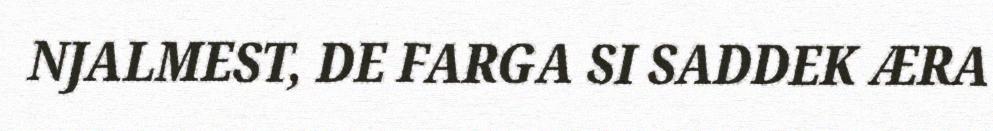
NJALMEST, DE FARGA SI SADDEK ÆRA